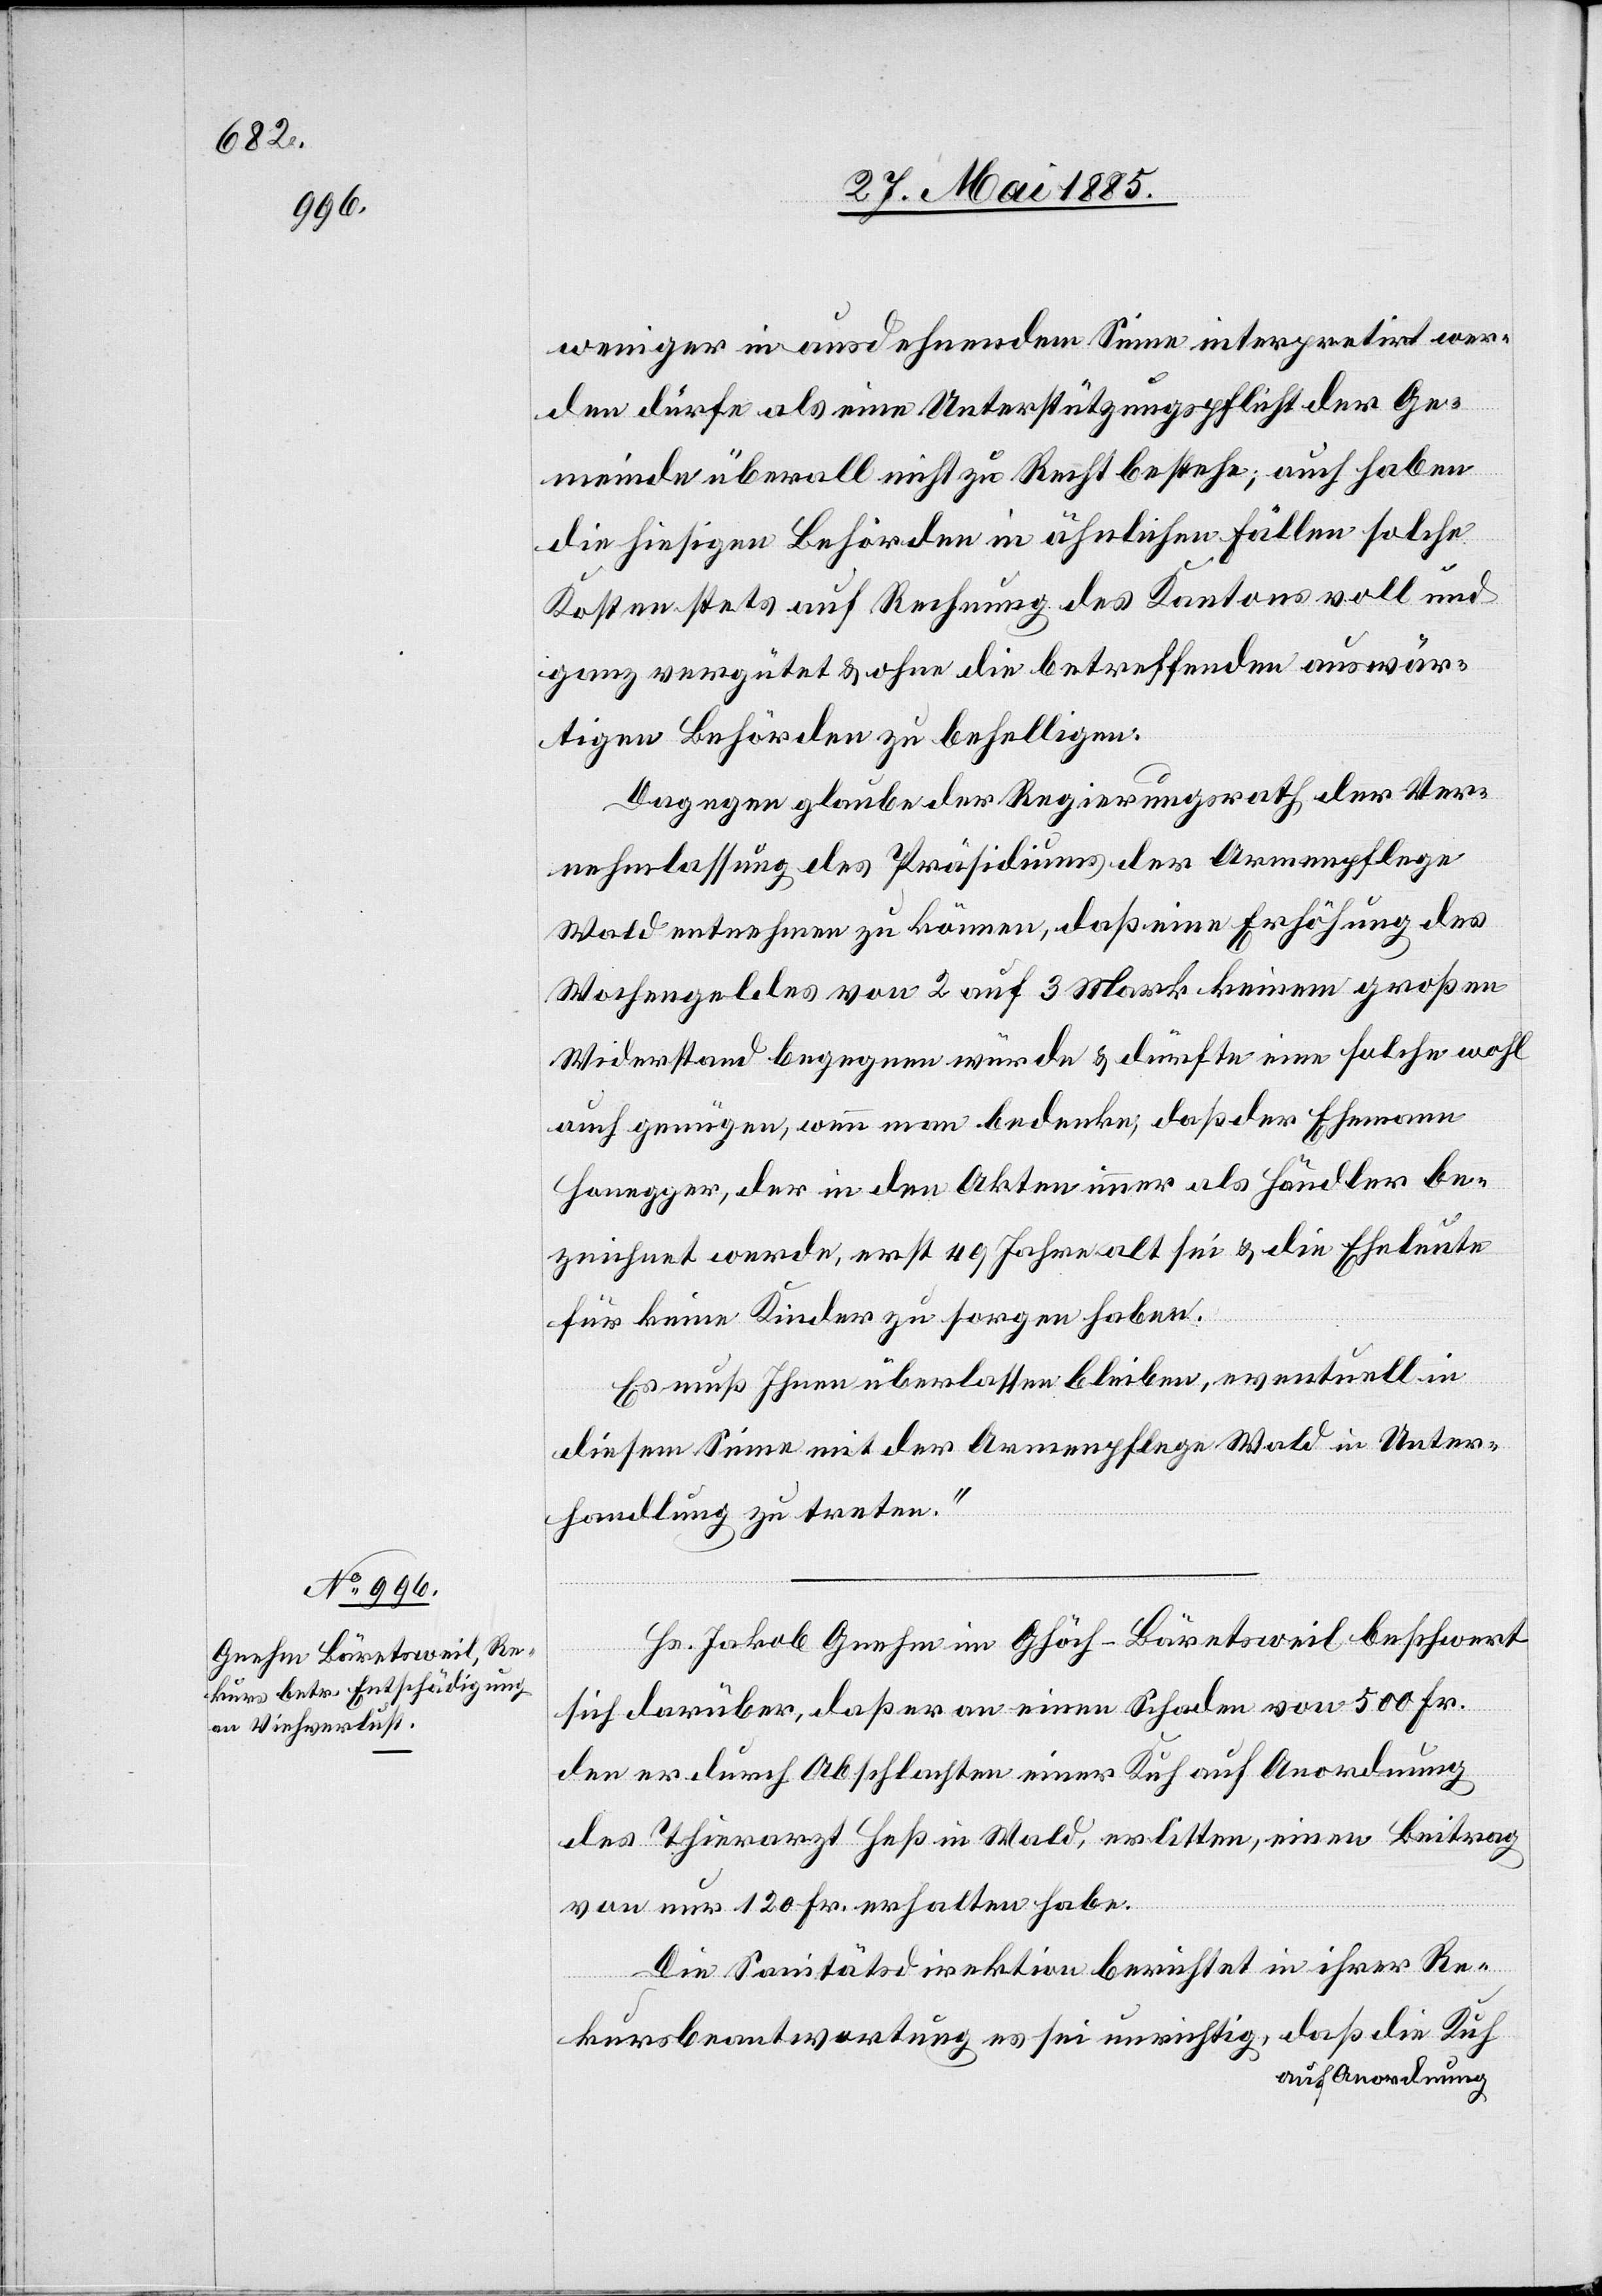
weniger in ausdehnendem Sinne interpretirt wer¬
den dürfe als eine Unterstützungspflicht der Ge¬
meinde überall nicht zu Recht bestehe; auch haben
die hiesigen Behörden in ähnlichen Fällen solche
Kosten stets auf Rechnung des Kantons voll und
ganz vergütet & ohne die betreffenden auswär¬
tigen Behörden zu behelligen.
Dagegen glaube der Regierungsrath der Ver¬
nehmlassung des Präsidiums der Armenpflege
Wald entnehmen zu können, daß eine Erhöhung des
Wochengeldes von 2 auf 3 Mark keinem großen
Widerstand begegnen würde & dürfte eine solche wohl
auch genügen, wenn man bedenke, daß der Ehemann
Honegger, der in den Akten immer als Händler be¬
zeichnet werde, erst 49 Jahre alt sei & die Eheleute
für keine Kinder zu sorgen haben.
Es muß Ihnen überlassen bleiben, eventuell in
diesem Sinne mit der Armenpflege Wald in Unter¬
handlung zu treten.“
Hs. Jakob Gnehm im Ghöch - Bäretsweil beschwert
sich darüber, daß er an einen Schaden von 500 Fr.
den er durch Abschlachten einer Kuh auf Anordnung
des Thierarzt Heß in Wald, erlitten, einen Beitrag
von nur 120 Fr. erhalten habe.
Die Sanitätsdirektion berichtet in ihrer Re¬
kursbeantwortung es sei unrichtig, daß die Kuh
auf Anordnung